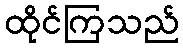
ထိုင်ကြသည်